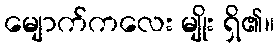
မျောက်ကလေး မျိုး ရှိ၏။